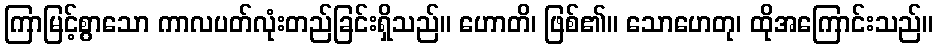
ကြာမြင့်စွာသော ကာလပတ်လုံးတည်ခြင်းရှိသည်။ ဟောတိ၊ ဖြစ်၏။ သောဟေတု၊ ထိုအကြောင်းသည်။